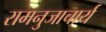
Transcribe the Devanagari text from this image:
रामनुजाचार्य